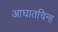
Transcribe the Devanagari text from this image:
आघातचिन्ह